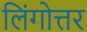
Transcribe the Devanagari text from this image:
लिंगोत्तर